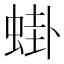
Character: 𬠎